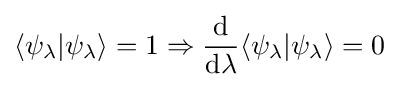
\langle \psi _{\lambda }|\psi _{\lambda }\rangle =1\Rightarrow {\frac {\mathrm {d} }{\mathrm {d} \lambda }}\langle \psi _{\lambda }|\psi _{\lambda }\rangle =0